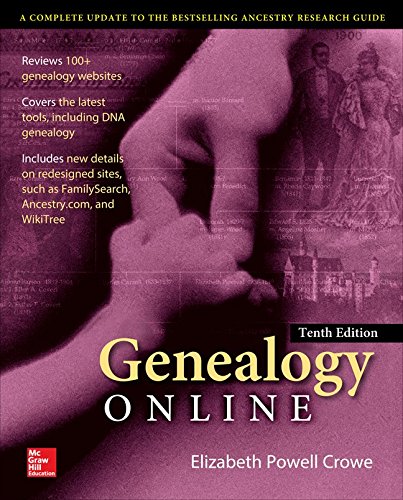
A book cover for Genealogy Online, Tenth Edition; Elizabeth Crowe; Computers & Technology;